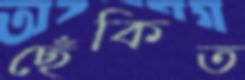
ছেঁকিত